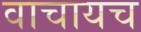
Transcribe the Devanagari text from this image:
वाचायच